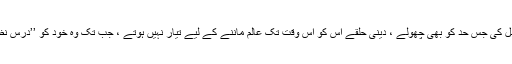
کوئی عبقری اور نابغہ علم وفضل کی جس حد کو بھی چُھولے ، دینی حلقے اس کو اس وقت تک عالم ماننے کے لیے تیار نہیں ہوتے ، جب تک وہ خود کو ’’درس نظامی‘‘ کا متعلم ثابت نہ کر دے۔